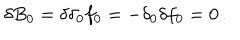
\delta B _ { 0 } = \delta \delta _ { 0 } f _ { 0 } = - \delta _ { 0 } \delta f _ { 0 } = 0 \, .